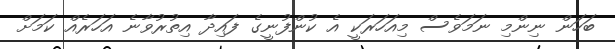
ބަހަން ނިންމި ނަމަވެސް މިއަހަރަކީ އެ ކުންފުނީގެ ފައިދާ އިތުރުވާނެ އަހަރެއް ކަަމަށް